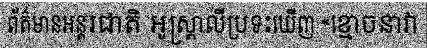
ព័ត៌មានអន្តរជាតិ អូស្ត្រាលីប្រទះឃើញ «ខ្មោចនាវា